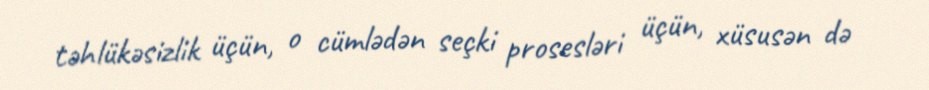
təhlükəsizlik üçün, o cümlədən seçki prosesləri üçün, xüsusən də